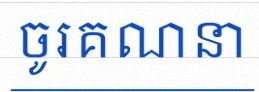
ចូរគណនា